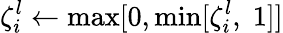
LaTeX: \zeta_{i}^{l}\gets\operatorname*{max}[0,\operatorname*{min}[\zeta_{i}^{l},\; 1]]